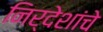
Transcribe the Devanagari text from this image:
निर्देशांचे